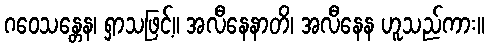
ဂဝေသန္တေန၊ ရှာသဖြင့်။ အလီနေနာတိ၊ အလီနေန ဟူသည်ကား။